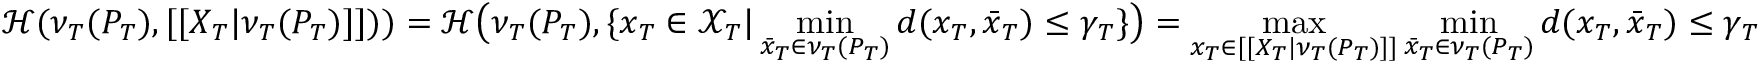
\mathcal { H } ( \nu _ { T } ( P _ { T } ) , [ [ X _ { T } | \nu _ { T } ( { P } _ { T } ) ] ] ) ) = \mathcal { H } \big ( \nu _ { T } ( P _ { T } ) , \{ x _ { T } \in \mathcal { X } _ { T } | \operatorname* { m i n } _ { \bar { x } _ { T } \in \nu _ { T } ( P _ { T } ) } d ( x _ { T } , \bar { x } _ { T } ) \leq \gamma _ { T } \} \big ) = \operatorname* { m a x } _ { x _ { T } \in [ [ X _ { T } | \nu _ { T } ( P _ { T } ) ] ] } \operatorname* { m i n } _ { \bar { x } _ { T } \in \nu _ { T } ( P _ { T } ) } d ( x _ { T } , \bar { x } _ { T } ) \leq \gamma _ { T }